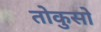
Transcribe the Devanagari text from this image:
तोकुसो